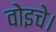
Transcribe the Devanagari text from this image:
वोइचे।